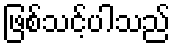
ဖြစ်သင့်ပါသည်